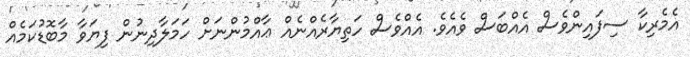
އެމެރިކާ ސިފައިންވެސް އެއްބަސް ވެއެވެ. އެއްވެސް ހަތިޔާރެއްނެއް ޢާއްމުންނަށް ހަމަލާދިނުން ފިޔަވާ މާބޮޑުކަމެއް